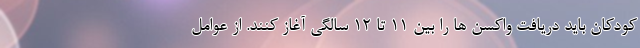
کودکان باید دریافت واکسن ها را بین 11 تا 12 سالگی آغاز کنند. از عوامل